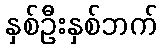
နှစ်ဦးနှစ်ဘက်